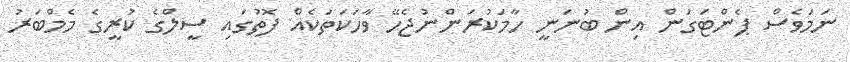
ނަމަވެސް ޕެންޓަގަން އިން ބުނަނީ ހާމަކުރަންނުޖެހޭ ވާހަކަތަކެއް ފޮތުގައި ސީލްގެ ކުރީގެ މެމްބަރު